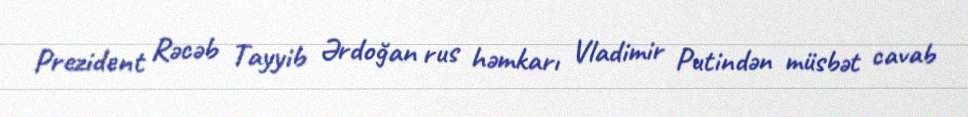
Prezident Rəcəb Tayyib Ərdoğan rus həmkarı Vladimir Putindən müsbət cavab